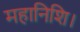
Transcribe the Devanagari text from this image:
महानिशि।